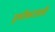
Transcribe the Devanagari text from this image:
डुमरीकटसारी